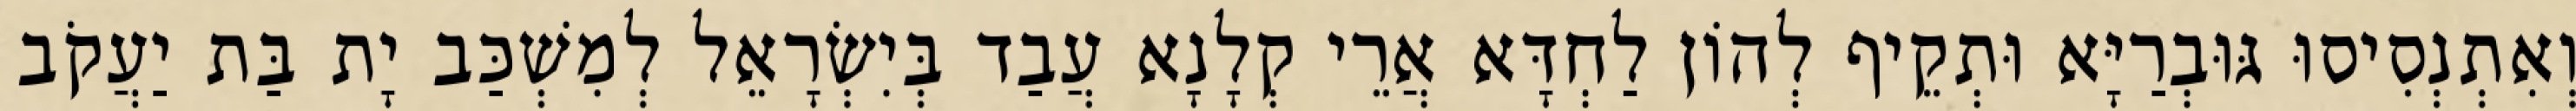
וְאִתְנְסִיסוּ גּוּבְרַיָּא וּתְקֵיף לְהוֹן לַחְדָּא אֲרֵי קְלָנָא עֲבַד בְּיִשְׂרָאֵל לְמִשְׁכַּב יָת בַּת יַעֲקֹב